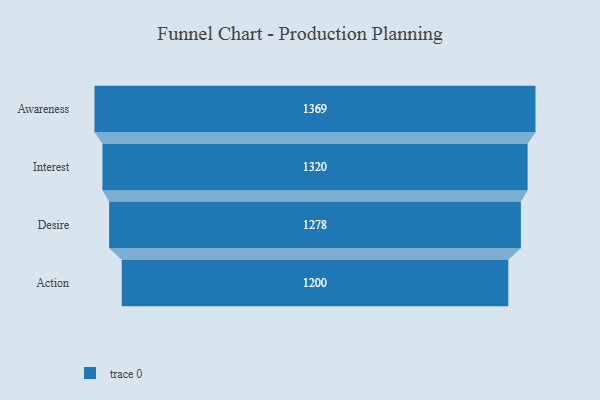
{"axis": {"x": "Stage", "y": "Value"}, "legend": [""], "data": [{"x": "Awareness", "y": 1369.0, "type": ""}, {"x": "Interest", "y": 1320.0, "type": ""}, {"x": "Desire", "y": 1278.0, "type": ""}, {"x": "Action", "y": 1200.0, "type": ""}]}